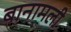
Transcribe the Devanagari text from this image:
बानामली